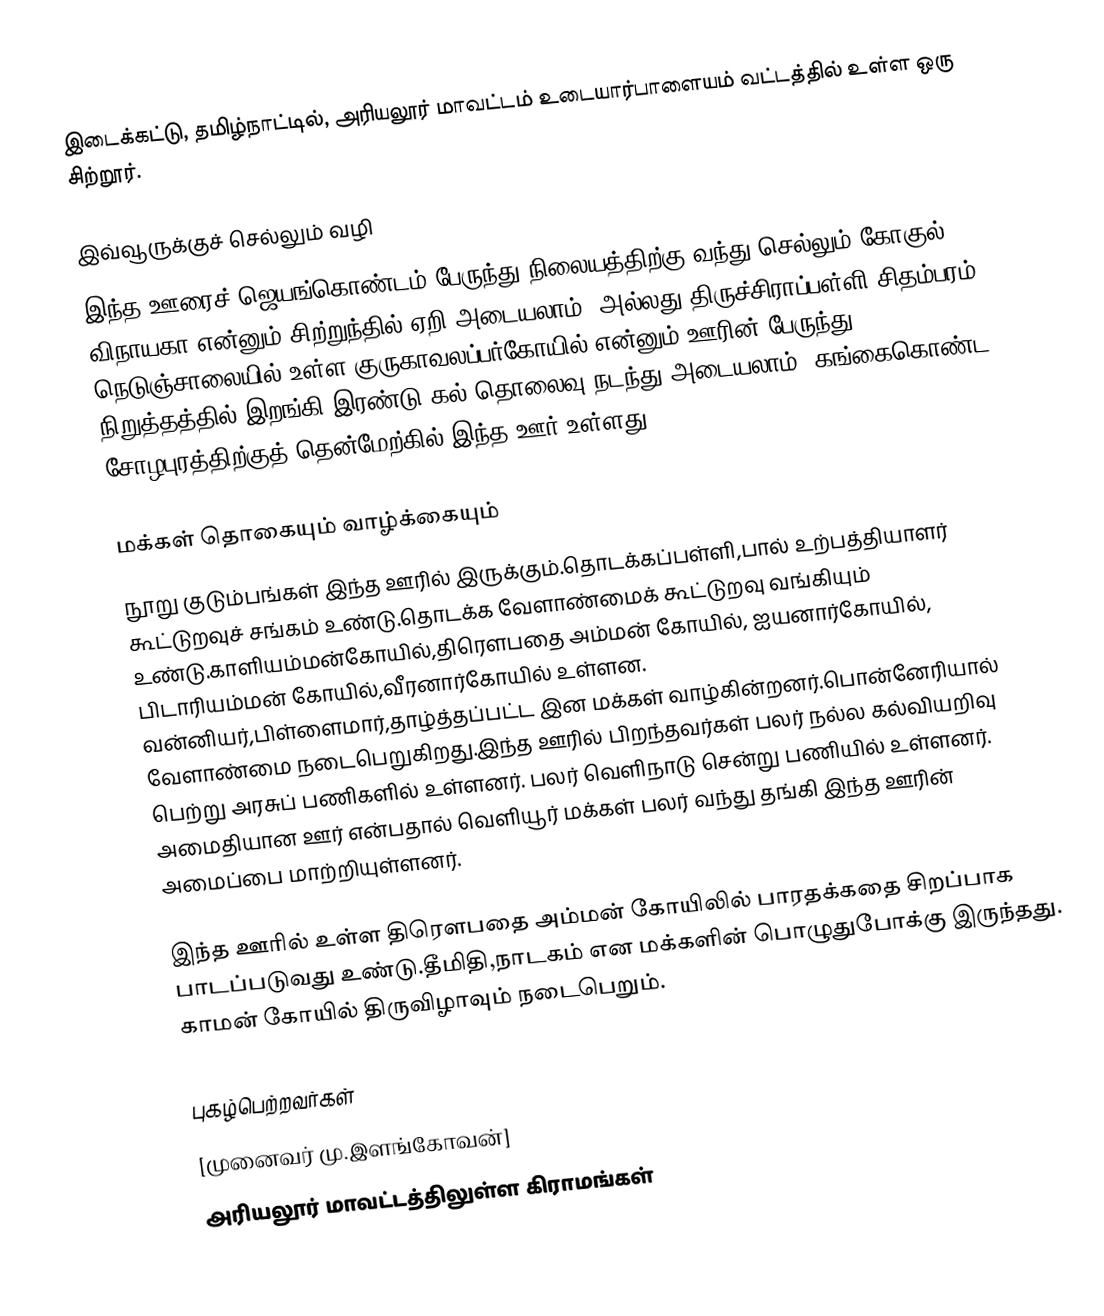
இடைக்கட்டு, தமிழ்நாட்டில், அரியலூர் மாவட்டம் உடையார்பாளையம் வட்டத்தில் உள்ள ஒரு சிற்றூர்.

இவ்வூருக்குச் செல்லும் வழி
இந்த ஊரைச் ஜெயங்கொண்டம் பேருந்து நிலையத்திற்கு வந்து செல்லும் கோகுல், விநாயகா என்னும் சிற்றுந்தில் ஏறி அடையலாம். அல்லது திருச்சிராப்பள்ளி-சிதம்பரம் நெடுஞ்சாலையில் உள்ள குருகாவலப்பர்கோயில் என்னும் ஊரின் பேருந்து நிறுத்தத்தில் இறங்கி இரண்டு கல் தொலைவு நடந்து அடையலாம். கங்கைகொண்ட சோழபுரத்திற்குத் தென்மேற்கில் இந்த ஊர் உள்ளது.

மக்கள் தொகையும் வாழ்க்கையும்
நூறு குடும்பங்கள் இந்த ஊரில் இருக்கும்.தொடக்கப்பள்ளி,பால் உற்பத்தியாளர் கூட்டுறவுச் சங்கம் உண்டு.தொடக்க வேளாண்மைக் கூட்டுறவு வங்கியும் உண்டு.காளியம்மன்கோயில்,திரௌபதை அம்மன் கோயில், ஐயனார்கோயில், பிடாரியம்மன் கோயில்,வீரனார்கோயில் உள்ளன. வன்னியர்,பிள்ளைமார்,தாழ்த்தப்பட்ட இன மக்கள் வாழ்கின்றனர்.பொன்னேரியால் வேளாண்மை நடைபெறுகிறது.இந்த ஊரில் பிறந்தவர்கள் பலர் நல்ல கல்வியறிவு பெற்று அரசுப் பணிகளில் உள்ளனர். பலர் வெளிநாடு சென்று பணியில் உள்ளனர். அமைதியான ஊர் என்பதால் வெளியூர் மக்கள் பலர் வந்து தங்கி இந்த ஊரின் அமைப்பை மாற்றியுள்ளனர்.

இந்த ஊரில் உள்ள திரௌபதை அம்மன் கோயிலில் பாரதக்கதை சிறப்பாக பாடப்படுவது உண்டு.தீமிதி,நாடகம் என மக்களின் பொழுதுபோக்கு இருந்தது. காமன் கோயில் திருவிழாவும் நடைபெறும்.

புகழ்பெற்றவர்கள்
[முனைவர் மு.இளங்கோவன்]
அரியலூர் மாவட்டத்திலுள்ள கிராமங்கள்